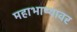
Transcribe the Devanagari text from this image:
महाभाष्यावर